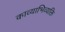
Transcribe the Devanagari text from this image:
काव्याभिव्यक्ति